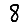
Digit: 8